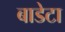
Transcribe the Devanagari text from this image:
बाडेटा